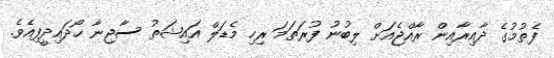
ފެތުމުގެ ދާއިރާއިން ރާއްޖެއަށް ލިބުނު ފުރަތަމަ ރިހި މެޑަލް އައިޝަތު ސާޖިނާ ހޯދައިދީފިއެވެ.